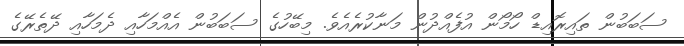
ސަބަބުން ތައިރޮއިޑް ހޯމޯން އުފެއްދުން މަނާކުރެއެވެ. މިބޭހުގެ ސަބަބުން އެއްމަހާއި ދެމަހާއި ދޭތެރޭގެ